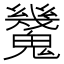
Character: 𩴪